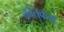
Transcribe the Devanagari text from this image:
कौतुकम